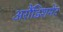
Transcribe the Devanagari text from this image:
अरौंडिशमेंट